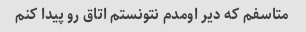
متاسفم که دیر اومدم نتونستم اتاق رو پیدا کنم